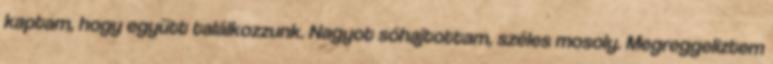
kaptam, hogy együtt találkozzunk. Nagyot sóhajtottam, széles mosoly. Megreggeliztem